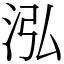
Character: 泓